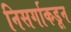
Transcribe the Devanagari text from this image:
निसर्गाकडून